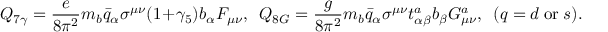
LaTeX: Q _ { 7 \gamma } = \frac { e } { 8 \pi ^ { 2 } } m _ { b } \bar { q } _ { \alpha } \sigma ^ { \mu \nu } ( 1 + \gamma _ { 5 } ) b _ { \alpha } F _ { \mu \nu } , ~ ~ Q _ { 8 G } = \frac { g } { 8 \pi ^ { 2 } } m _ { b } \bar { q } _ { \alpha } \sigma ^ { \mu \nu } t _ { \alpha \beta } ^ { a } b _ { \beta } G _ { \mu \nu } ^ { a } , ~ ~ ( q = d ~ \mathrm { o r } ~ s ) .